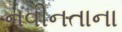
નવીનતાના